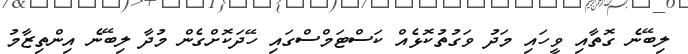
ލިބޭނެ ގޮތާއި ވީހައި މަދު ވަގުތުކޮޅެއް ކަސްޓަމްސްގައި ހޭދަކޮށްގެން މުދާ ލިބޭނެ އިންތިޒާމު